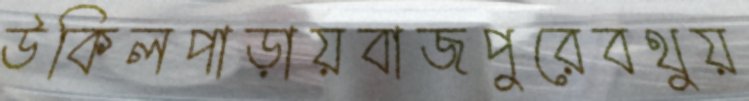
উকিলপাড়ায়বাজপুরেবথুয়